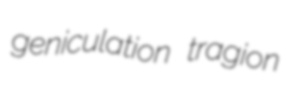
geniculation tragion